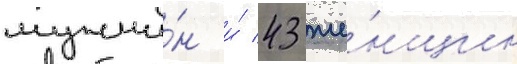
мужчи́н и́ 43 же́нщин